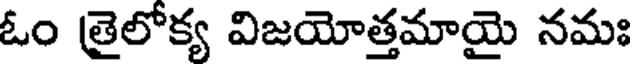
ఓం (తైలోక్య విజయోత్తమాయై నమః